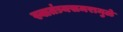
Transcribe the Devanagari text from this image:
स्वातंत्र्यसमरामुळे